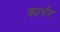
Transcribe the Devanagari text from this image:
कार्यत